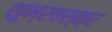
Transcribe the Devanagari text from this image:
शुभ्रवस्त्र